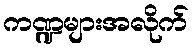
ကဏ္ဍများအလိုက်